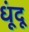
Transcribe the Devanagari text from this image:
धूंदू